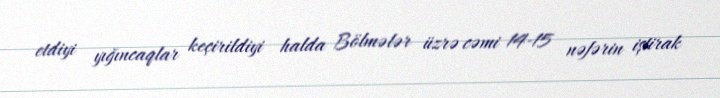
etdiyi yığıncaqlar keçirildiyi halda Bölmələr üzrə cəmi 14-15 nəfərin iştirak